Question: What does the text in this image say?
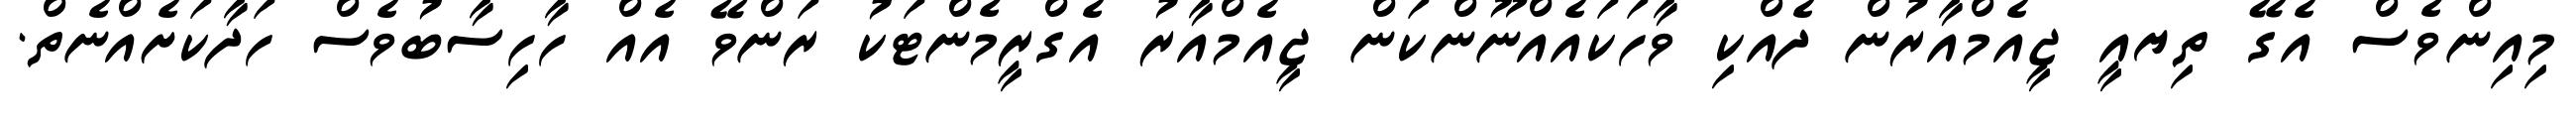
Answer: މިއިންވެސް އެގޭ ތިޔއީ ޖީއެމްއާރުން ދެއްކި ވާހަކައެއްނޫންކަން ޖީއެމްއާރު އެގްރީމެންޓަކު ރަންވޭ އެއް ހާހިސާބުވެސް ހަދާކަށެއްނެތް.